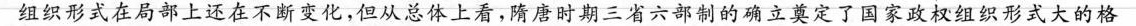
组织形式在局部上还在不断变化，但从总体上看，隋唐时期三省六部制的确立奠定了国家政权组织形式大的格